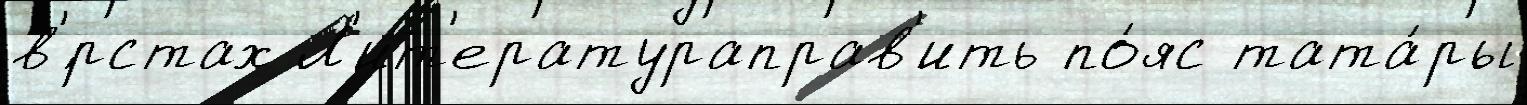
в'́рстах Л'ит'ератураправ'ить по́яс тата́ры